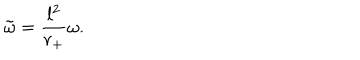
{ \tilde { \omega } } = \displaystyle \frac { l ^ { 2 } } { r _ { + } } \omega .